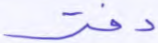
دفتر